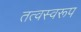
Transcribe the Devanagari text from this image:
तत्वस्वरूप